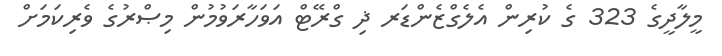
މީލާދީގެ 323 ގެ ކުރިން އެލެގްޒެންޑަރ ޛި ގްރޭޓް އަވަހާރަވުމުން މިޞްރުގެ ވެރިކަމަށް